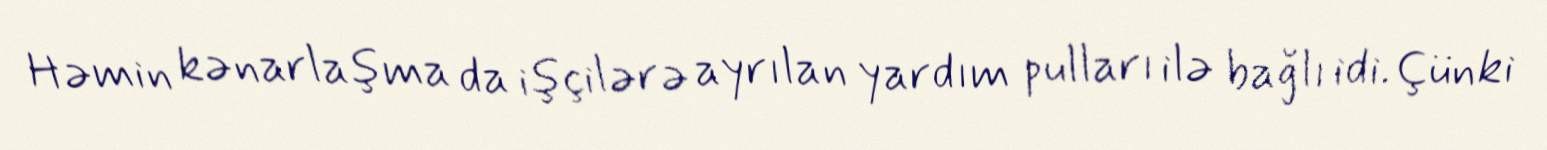
Həmin kənarlaşma da işçilərə ayrılan yardım pulları ilə bağlı idi. Çünki